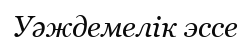
Уәждемелік эссе